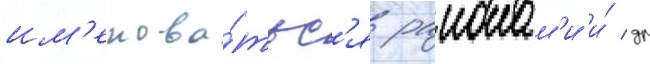
им'енова́тьс'я раионам'и и́ др